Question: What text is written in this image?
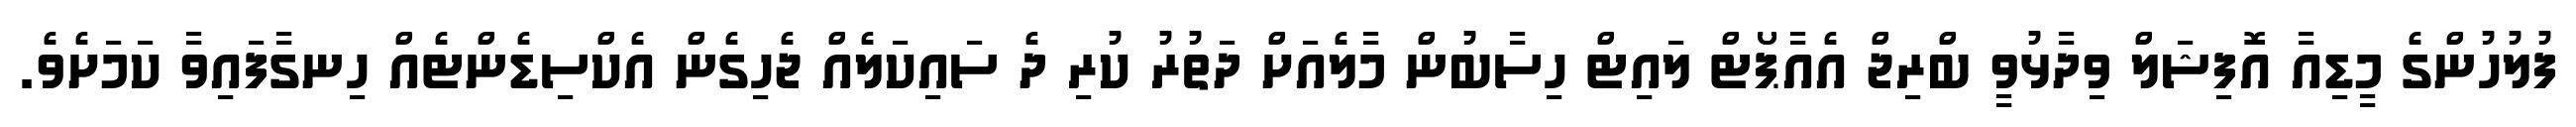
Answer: ފުލުހުންގެ މީޑިއާ އޮފިޝަލް ވިދާޅުވީ ބްރިޖް އެއާޕޯޓް ލައިޓް ހިސާބުން މާލެއަށް ދަތުރު ކުރި ދެ ސައިކަލެއް ޖެހިގެން އެކްސިޑެންޓެއް ހިނގާފައިވާ ކަމަށެވެ.